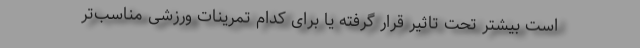
است بیشتر تحت تاثیر قرار گرفته یا برای کدام تمرینات ورزشی مناسب‌تر